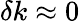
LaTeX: \delta k\approx 0